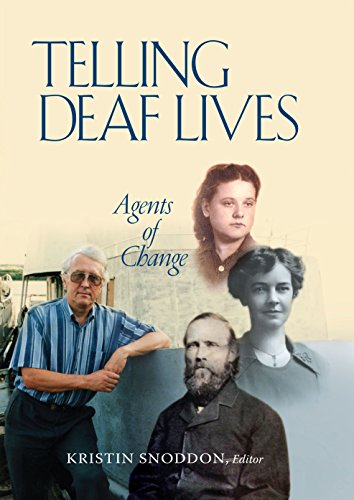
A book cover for Telling Deaf Lives: Agents of Change; Health, Fitness & Dieting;